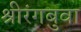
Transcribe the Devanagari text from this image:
श्रीरंगबुवा